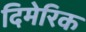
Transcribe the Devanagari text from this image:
दिमेरिक